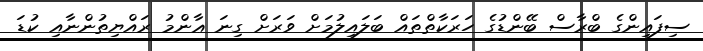
ސިފައިންގެ ބްރާސް ބޭންޑުގެ ހަރަކާތްތައް ބަލައިލުމަށް ވަރަށް ގިނަ ޢާންމު ރައްޔިތުންނާއި ކުޑަ